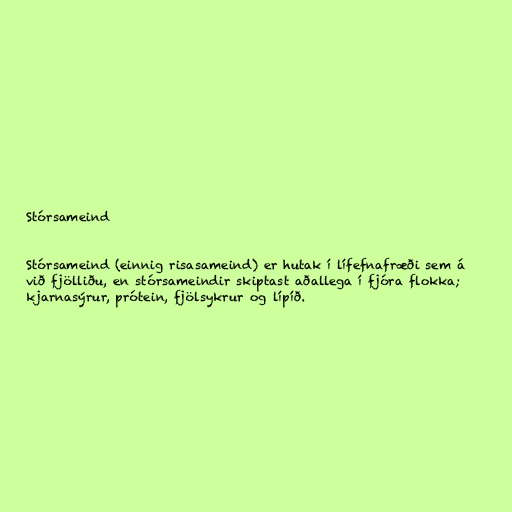
Stórsameind

Stórsameind (einnig risasameind) er hutak í lífefnafræði sem á
við fjölliðu, en stórsameindir skiptast aðallega í fjóra flokka;
kjarnasýrur, prótein, fjölsykrur og lípíð.